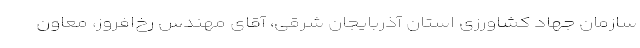
سازمان جهاد کشاورزی استان آذربایجان شرقی، آقای مهندس رخ‌افروز، معاون